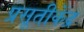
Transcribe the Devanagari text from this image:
प्रसूतीकेंद्र